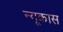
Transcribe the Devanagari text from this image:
न्यूकास